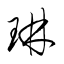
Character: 琳